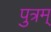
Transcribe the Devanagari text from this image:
पुत्रम्‌